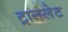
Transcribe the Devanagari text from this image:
ट्रान्स्लेट